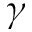
\gamma